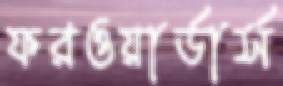
ফরওয়ার্ডার্স